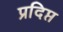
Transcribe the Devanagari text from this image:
प्रदिप्त